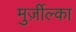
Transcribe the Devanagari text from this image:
मुर्ज़ील्का